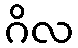
ဂိလ